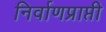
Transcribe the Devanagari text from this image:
निर्वाणप्राप्ती